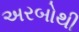
અરબોથી